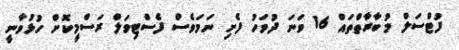
ފުޓްސަލް މުބާރާތްތައް 16 ވަނަ ދުވަހު ފެށި ނަމަވެސް ފެސްޓިވަލް ރަސްމީކޮށް ހުޅުވާނީ